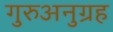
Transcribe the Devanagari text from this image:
गुरुअनुग्रह